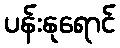
ပန်းနုရောင်